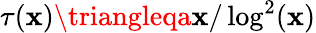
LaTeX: \tau(\mathbf{x})\triangleqa\mathbf{x}/\log^{2}(\mathbf{x})